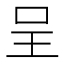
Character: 呈